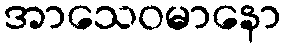
အာသေဝမာနော